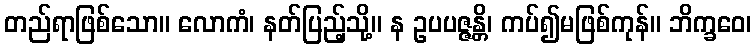
တည်ရာဖြစ်သော။ လောကံ၊ နတ်ပြည့်သို့။ န ဥပပဇ္ဇန္တိ၊ ကပ်၍မဖြစ်ကုန်။ ဘိက္ခဝေ၊